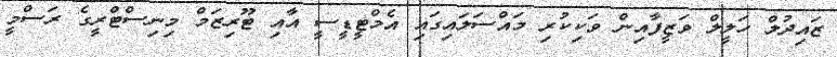
ޒައިދުލް ހަލީލް ވަޒީފާއިން ވަކިކުރި މައްސަލައިގައި އެމްޓީޑީސީ އާއި ޓޫރިޒަމް މިނިސްޓްރީގެ ރަސްމީ